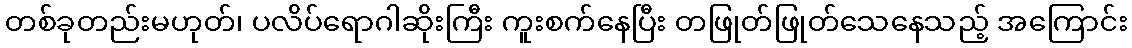
တစ်ခုတည်းမဟုတ်၊ ပလိပ်ရောဂါဆိုးကြီး ကူးစက်နေပြီး တဖြုတ်ဖြုတ်သေနေသည့် အကြောင်း